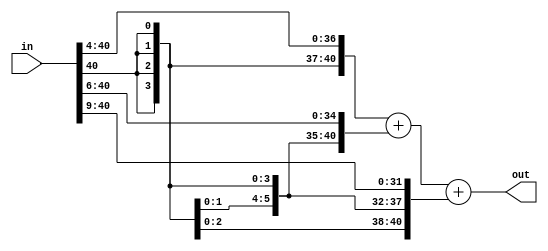
module a1_512(in,out);
input[40:0]in;
output[40:0]out;

wire[40:0]in_1;
wire[40:0]in_2;
wire[40:0]in_3;

assign in_1[40:0]={{4{in[40]}},in[40:4]};//>>4
assign in_2[40:0]={{6{in[40]}},in[40:6]};//>>6
assign in_3[40:0]={{9{in[40]}},in[40:9]};//>>9

assign  out[40:0]=in_1[40:0]+in_2[40:0]+in_3[40:0];

endmodule